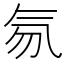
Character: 𰚽